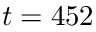
t = 4 5 2